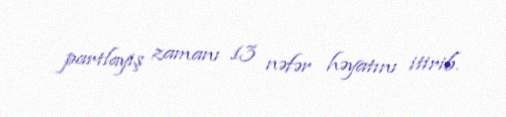
partlayış zamanı 13 nəfər həyatını itirib.